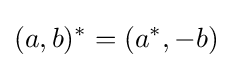
(a,b)^{*}=(a^{*},-b)